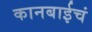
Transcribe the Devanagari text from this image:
कानबाईचं